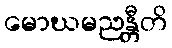
မောဃမညန္တီတိ